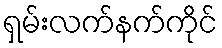
ရှမ်းလက်နက်ကိုင်